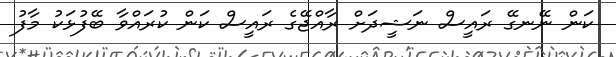
ކަން ނޭނގޭ ރައީސް ނަޝީދަށް ރާއްޖޭގެ ރައީސް ކަން ކުރައްވާ ބޭފުޅަކު މާފު